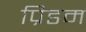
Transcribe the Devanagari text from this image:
प्रिडम